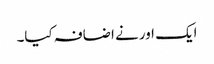
ایک اور نے اضافہ کیا۔